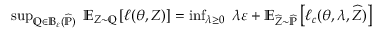
\begin{array} { r } { \operatorname* { s u p } _ { \mathbb Q \in \mathbb B _ { \varepsilon } ( \widehat { \mathbb P } ) } \; \mathbb E _ { Z \sim \mathbb Q } \left[ \ell ( \theta , Z ) \right] = \operatorname* { i n f } _ { \lambda \geq 0 } \; \lambda \varepsilon + \mathbb E _ { \widehat Z \sim \widehat { \mathbb P } } \left[ \ell _ { c } ( \theta , \lambda , \widehat Z ) \right] } \end{array}